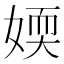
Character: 媆